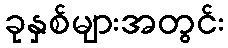
ခုနှစ်များအတွင်း